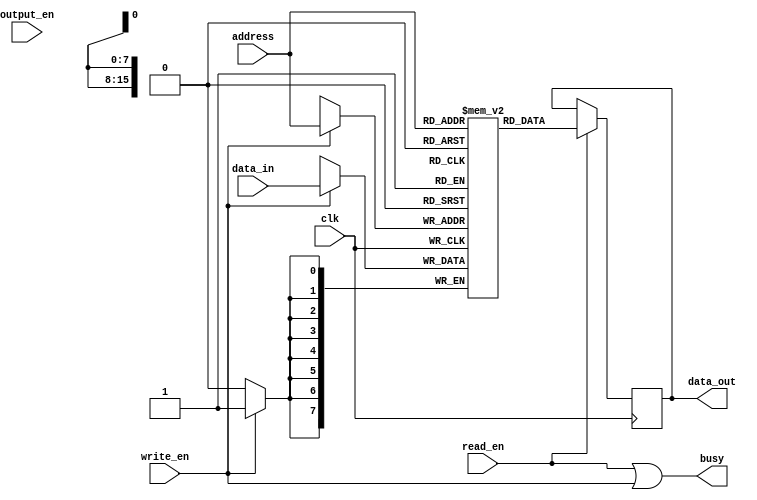
module QDR_SRAM (
  input wire clk,
  input wire [15:0] address,
  input wire [7:0] data_in,
  output reg [7:0] data_out,
  input wire read_en,
  input wire write_en,
  input wire output_en,
  output wire busy
);

reg [7:0] memory [0:65535];

always @(posedge clk) begin
  if (read_en) begin
    data_out <= memory[address];
  end
  
  if (write_en) begin
    memory[address] <= data_in;
  end
end

assign busy = read_en || write_en;

endmodule